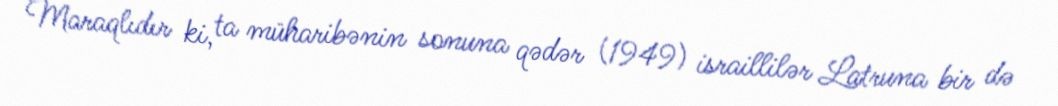
Maraqlıdır ki, ta müharibənin sonuna qədər (1949) israillilər Latruna bir də